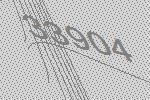
33904